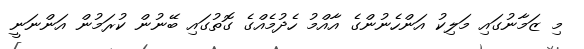
މި ޒަމާނުގައި މަލިކު އަންހެނުންގެ އާއްމު ހެދުމެއްގެ ގޮތުގައި ބޭނުން ކުރަމުން އަންނަނީ